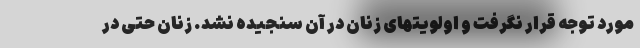
مورد توجه قرار نگرفت و اولویتهای زنان در آن سنجیده نشد. زنان حتی در